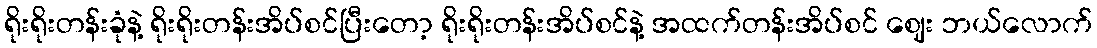
ရိုးရိုးတန်းခုံနဲ့ ရိုးရိုးတန်းအိပ်စင်ပြီးတော့ ရိုးရိုးတန်းအိပ်စင်နဲ့ အထက်တန်းအိပ်စင် ဈေး ဘယ်လောက်